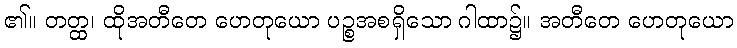
၏။ တတ္ထ၊ ထိုအတီတေ ဟေတုယော ပဉ္စအစရှိသော ဂါထာ၌။ အတီတေ ဟေတုယော